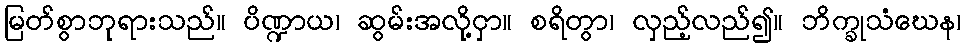
မြတ်စွာဘုရားသည်။ ပိဏ္ဍာယ၊ ဆွမ်းအလို့ငှာ။ စရိတွာ၊ လှည့်လည်၍။ ဘိက္ခုသံဃေန၊